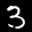
Label: 3